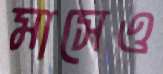
মাসেও